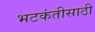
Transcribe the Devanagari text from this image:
भटकंतीसाठी